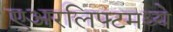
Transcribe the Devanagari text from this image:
एअरलिफ्टमध्ये